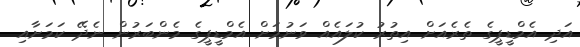
އަދި އެމްޑީޕީގެ ތެރެއަށް އިތުރު ކުލައެއް ވަނުމަށް އެމްޑީޕީގެ މެންބަރުން ނެދޭ ކަމަށާއި